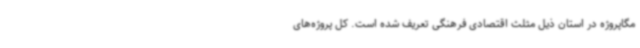
مگاپروژه در استان ذیل مثلث اقتصادی فرهنگی تعریف شده است. کل پروژه‌های